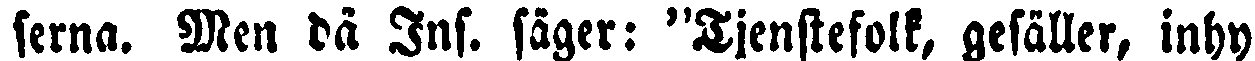
serna. Men då Ins. säger: "Tjenstefolk, gesäller, inhy